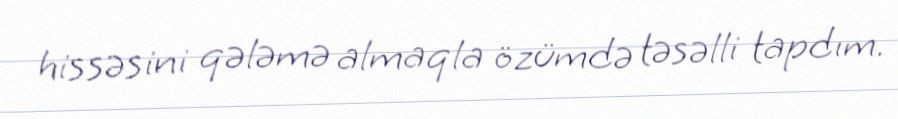
hissəsini qələmə almaqla özümdə təsəlli tapdım.